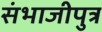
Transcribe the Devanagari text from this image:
संभाजीपुत्र